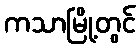
ကသာမြို့တွင်